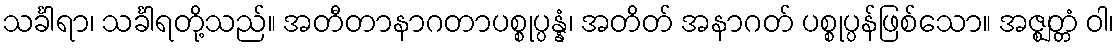
သင်္ခါရာ၊ သင်္ခါရတို့သည်။ အတီတာနာဂတာပစ္စုပ္ပန္နံ၊ အတိတ် အနာဂတ် ပစ္စုပ္ပန်ဖြစ်သော။ အဇ္ဈတ္တံ ဝါ၊